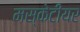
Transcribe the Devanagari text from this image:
मस्केटीयर